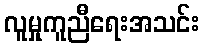
လူမှုကူညီရေးအသင်း